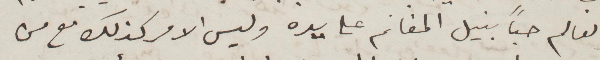
العالم حبًا بنيل المغانم على يده وليس الامر كذلك مع من